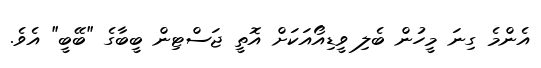
އެންމެ ގިނަ މީހުން ބެލި ވީޑިއޯއަކަށް އޮތީ ޖަސްޓިން ބީބާގެ "ބޭބީ" އެވެ.